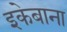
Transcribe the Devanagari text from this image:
इकेबाना